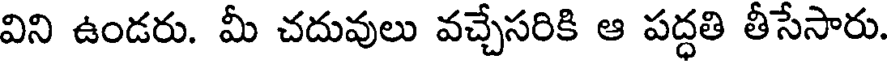
విని ఉండరు. మీ చదువులు వచ్చేసరికి ఆ పద్ధతి తీసేసారు.